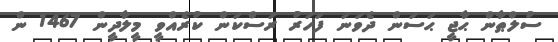
ސުލްޠާން ޙާޖީ ޙަސަން ދެވަނަ ފަހަރު ރަސްކަން ކުރެއްވީ މީލާދީން 1467 ން